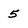
Character: 5